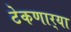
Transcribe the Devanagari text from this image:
टेकणार्‍या